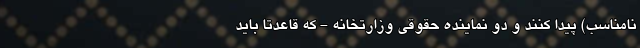
نامناسب) پیدا کنند و دو نماینده حقوقی وزارتخانه - که قاعدتاً باید